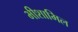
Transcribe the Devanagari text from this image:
भीशामिल